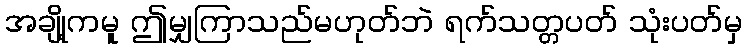
အချို့ကမူ ဤမျှကြာသည်မဟုတ်ဘဲ ရက်သတ္တပတ် သုံးပတ်မှ